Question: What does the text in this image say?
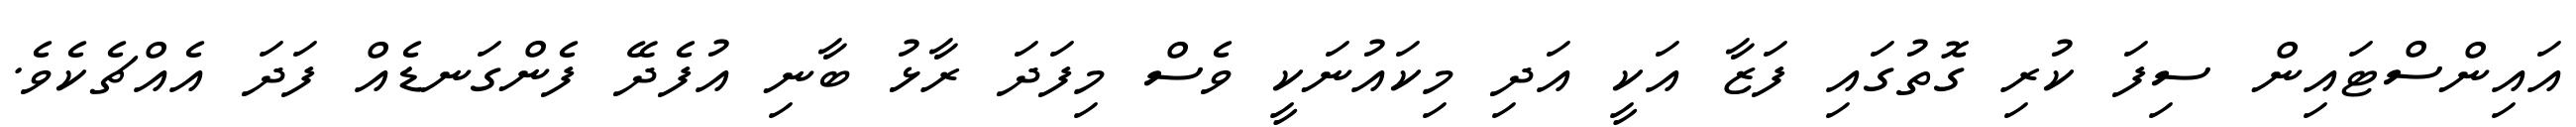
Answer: އައިންސްޓައިން ސިފަ ކުރި ގޮތުގައި ފަޒާ އަކީ އަދި މިކައުނަކީ ވެސް މިފަދަ ރާޅު ބާނި އުފެދޭ ފެންގަނޑެއް ފަދަ އެއްޗެކެވެ.